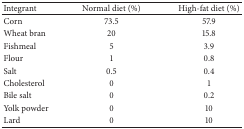
<table><thead><tr><td><b>Integrant</b></td><td><b>Normal diet (%)</b></td><td><b>High-fat diet (%)</b></td></tr></thead><tbody><tr><td>Corn</td><td>73.5</td><td>57.9</td></tr><tr><td>Wheat bran</td><td>20</td><td>15.8</td></tr><tr><td>Fishmeal</td><td>5</td><td>3.9</td></tr><tr><td>Flour</td><td>1</td><td>0.8</td></tr><tr><td>Salt</td><td>0.5</td><td>0.4</td></tr><tr><td>Cholesterol</td><td>0</td><td>1</td></tr><tr><td>Bile salt</td><td>0</td><td>0.2</td></tr><tr><td>Yolk powder</td><td>0</td><td>10</td></tr><tr><td>Lard</td><td>0</td><td>10</td></tr></tbody></table>